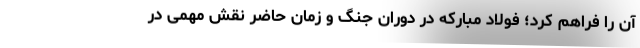
آن را فراهم کرد؛ فولاد مبارکه در دوران جنگ و زمان حاضر نقش مهمی در